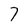
Character: 7